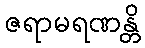
ဇရာမရဏန္တိ